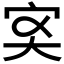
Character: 𡧑